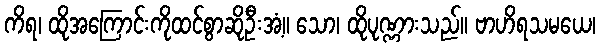
ကိရ၊ ထိုအကြောင်းကိုထင်စွာဆိုဦးအံ့။ သော၊ ထိုပုဏ္ဏားသည်။ ဗာဟိရသမယေ၊